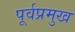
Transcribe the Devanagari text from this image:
पूर्वप्रमुख